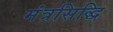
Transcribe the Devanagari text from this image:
मंत्रसिद्धि